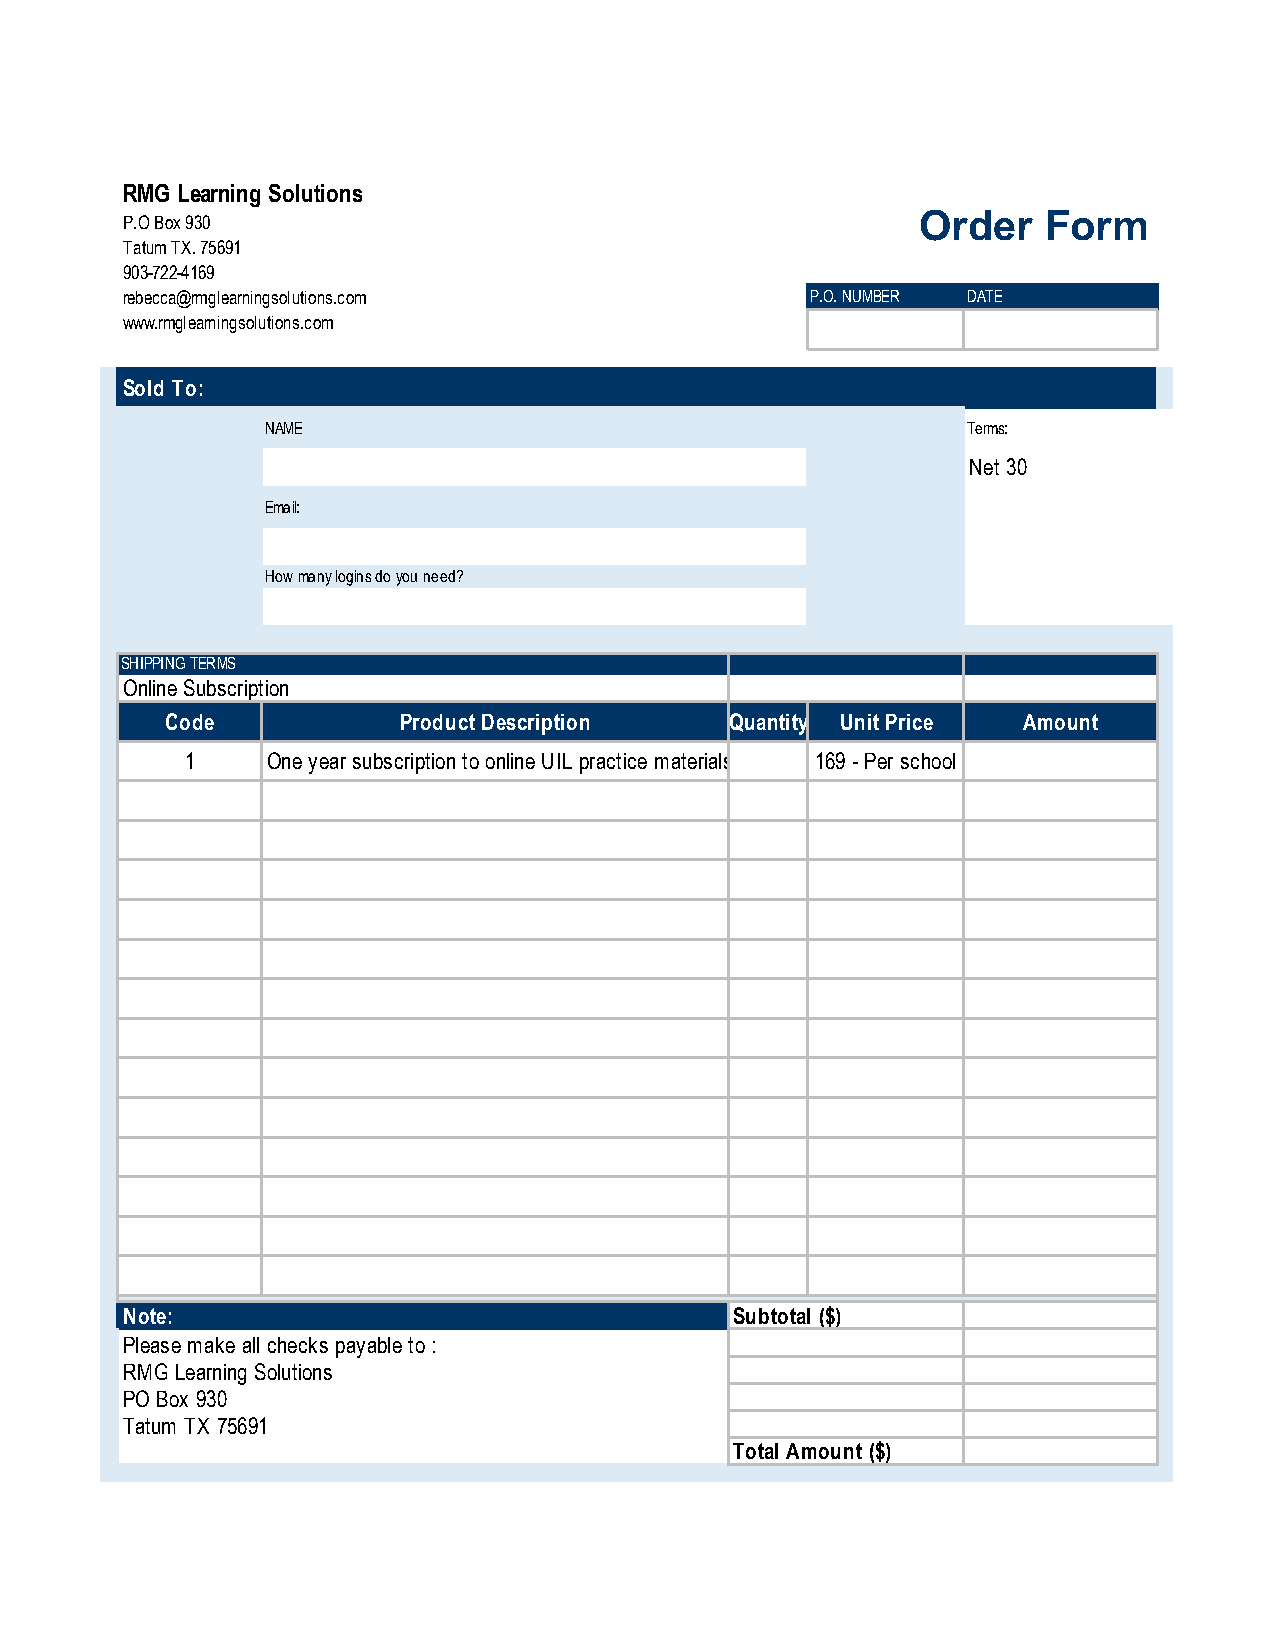
RMG Learning Solutions
 Order   Form
 P.O Box 930
 Tatum TX. 75691
 903-722-4169
 rebecca@rmglearningsolutions.com              P.O. NUMBER DATE
 www.rmglearningsolutions.com
 Sold To:
 NAME                                          Terms:
 Net 30
 Email:
 How many logins do you need?
 SHIPPING TERMS
 Online Subscription
 Code           Product Description   Quantity Unit Price Amount
 1     One year subscription to online UIL practice materials 169 - Per school
 Note:                                    Subtotal ($)
 Please make all checks payable to :
 RMG Learning Solutions
 PO Box 930
 Tatum TX 75691
 Total Amount ($)